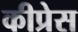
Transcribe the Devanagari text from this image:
कीप्रेस